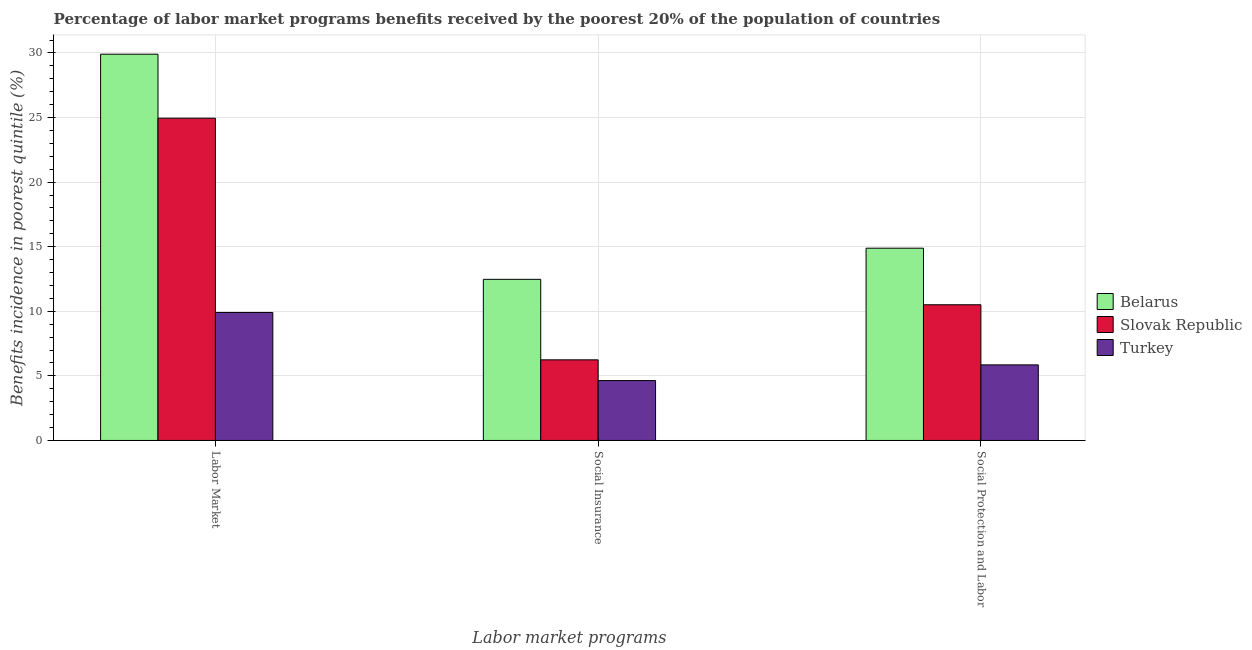
| Labor market programs | Belarus | Slovak Republic | Turkey |
 | --- | --- | --- | --- |
 | Labor Market | 29.9 | 24.9 | 9.91 |
 | Social Insurance | 12.5 | 6.24 | 4.64 |
 | Social Protection and Labor | 14.9 | 10.5 | 5.85 |